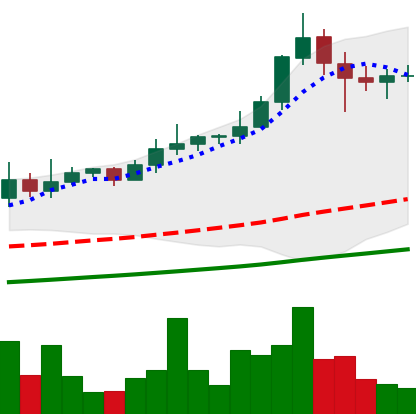
Ticker: XLM-USD
Chart end date: 2021-02-18
Forward return: -22.307%
Label: down_7plus